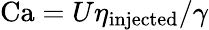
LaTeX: \mathrm{Ca}=U\eta_{\mathrm{injected}}/\gamma